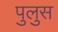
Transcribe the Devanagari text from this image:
पुलुस